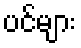
ပင်များ